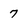
Character: 7